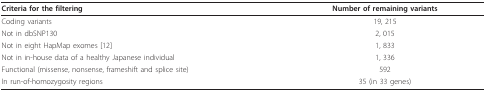
| Criteria for the filtering | Number of remaining variants |
 | --- | --- |
 | Coding variants | 19, 215 |
 | Not in dbSNP130 | 2, 015 |
 | Not in eight HapMap exomes [12] | 1, 833 |
 | Not in in-house data of a healthy Japanese individual | 1, 336 |
 | Functional (missense, nonsense, frameshift and splice site) | 592 |
 | In run-of-homozygosity regions | 35 (in 33 genes) |